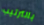
بالترتيب